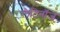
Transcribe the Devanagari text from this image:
लैटिनॉज़